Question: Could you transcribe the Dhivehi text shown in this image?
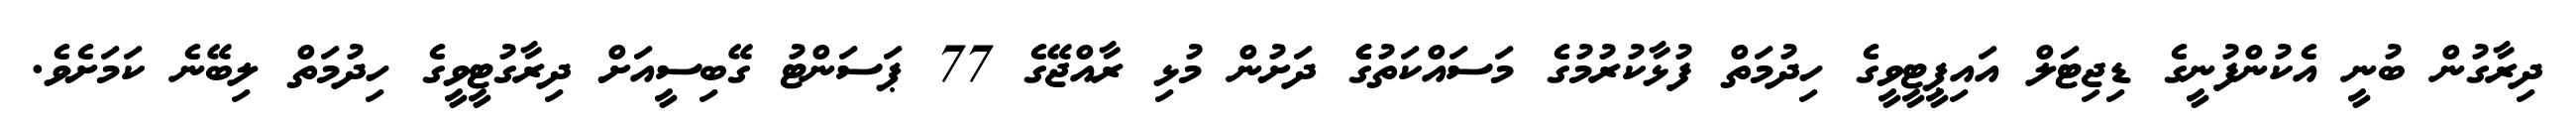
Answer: ދިރާގުން ބުނީ އެކުންފުނީގެ ޑިޖިޓަލް އައިޕީޓީވީގެ ހިދުމަތް ފުޅާކުރުމުގެ މަސައްކަތުގެެ ދަށުން މުޅި ރާއްޖޭގެ 77 ޕަސަންޓު ގޭބިސީއަށް ދިރާގުޓީވީގެ ހިދުމަތް ލިބޭނެ ކަމަށެވެ.